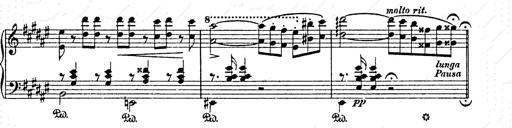
Title: AnnÃ©es de pÃ¨lerinage II
Composer: Franz Liszt